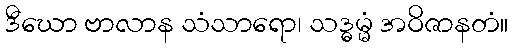
ဒီဃော ဗာလာန သံသာရော၊ သဒ္ဓမ္မံ အဝိဇာနတံ။